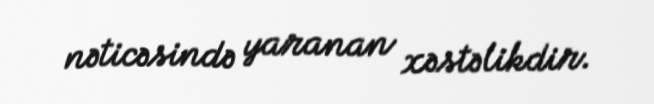
nəticəsində yaranan xəstəlikdir.